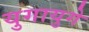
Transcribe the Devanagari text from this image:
युगायुगे